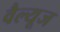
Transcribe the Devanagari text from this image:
वैल्यूज